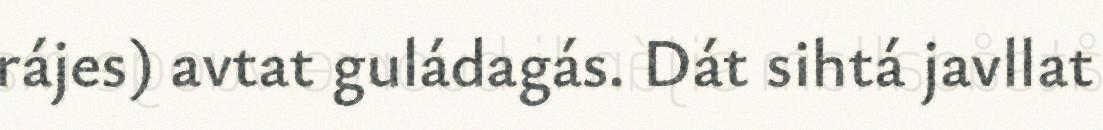
rájes) avtat guládagás. Dát sihtá javllat